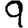
Digit: 9